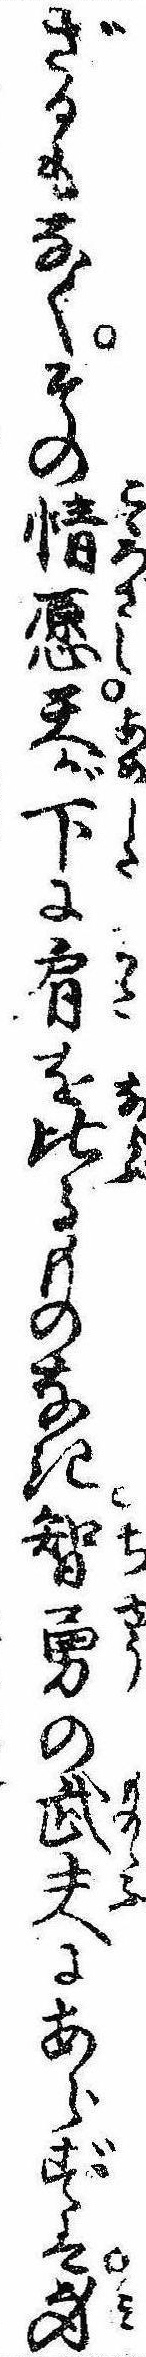
ざるもなくその情愿天が下に肩を比るものなき智勇の武夫にあらずに身